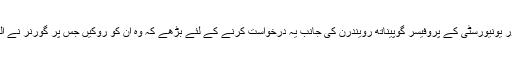
واضح رہے جب یہ احتجاج ہو رہا تھا تو اسٹیج پر موجود مورخ عرفان حبیب تھے وہ کننور یونیورسٹی کے پروفیسر گوپیناتھ رویندرن کی جانب یہ درخواست کرنے کے لئے بڑھے کہ وہ ان کو روکیں جس پر گورنر نے الزام لگایا کہ عرفان حبیب نے ان کو روکنے کی کوشش کی اور ان کے ساتھ بدسلوکی کی ۔